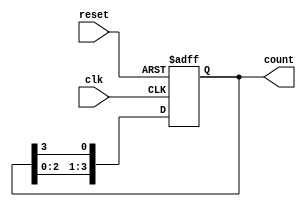
module ring_counter #(
    parameter N = 4 // Number of memory blocks (states)
)(
    input wire clk,    // Clock signal
    input wire reset,  // Reset signal
    output reg [N-1:0] count // Output representing the state of the ring counter
);

// Internal signal to hold the next state
reg [N-1:0] next_count;

always @(posedge clk or posedge reset) begin
    if (reset) begin
        // Initialize the counter to the first state
        count <= 1'b1; // Set first block to '1', others to '0'
    end else begin
        // Shift the '1' to the next memory block
        count <= next_count;
    end
end

// Combinational logic to determine the next state
always @(*) begin
    // Circular shift left
    next_count = {count[N-2:0], count[N-1]};
end

endmodule